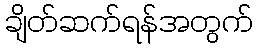
ချိတ်ဆက်ရန်အတွက်